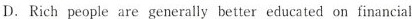
D.Rich people are generally better educated on financial